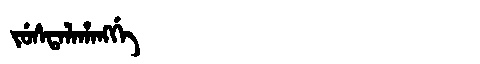
Manchu: ᠵᡠᠰᡨᠠᠯᠠᡥᠠᠩᡤᡝ
Romanization: JUSTALAHANGGE